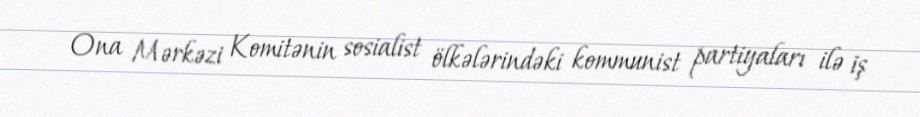
Ona Mərkəzi Komitənin sosialist ölkələrindəki kommunist partiyaları ilə iş